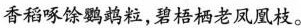
香稻啄馀鹦鹉粒，碧梧栖老凤凰枝。